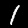
Digit: 1